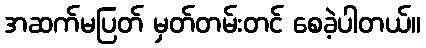
အဆက်မပြတ် မှတ်တမ်းတင် စေခဲ့ပါတယ်။